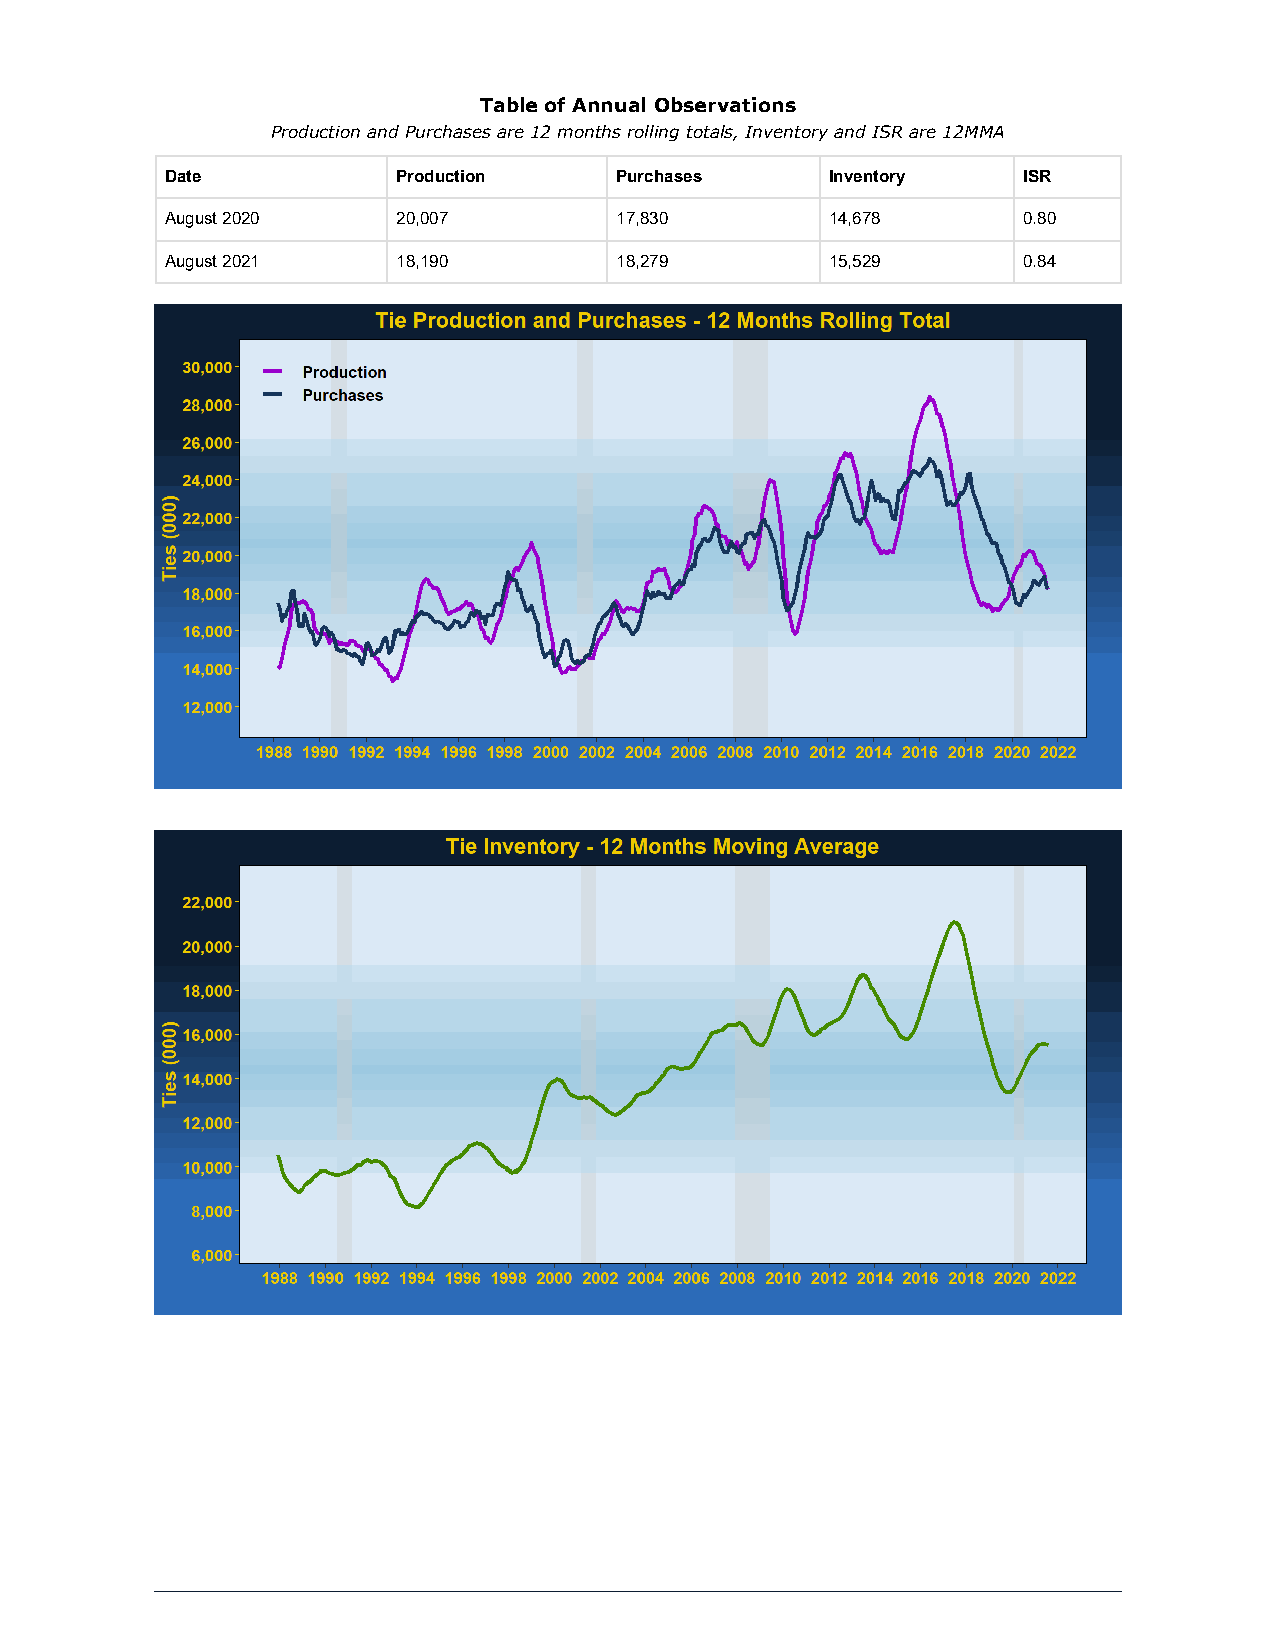
Table of Annual Observations
 Production and Purchases are 12 months rolling totals, Inventory and ISR are 12MMA
 Date           Production     Purchases     Inventory    ISR
 August 2020    20,007         17,830        14,678       0.80
 August 2021    18,190         18,279        15,529       0.84